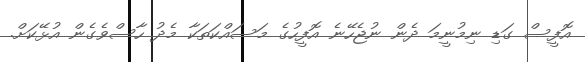
އޮފީސް ގަޑި ނިމުނީމަ ދެން ނުޖެހޭނެ އޮފީހުގެ މަސައްކަތަކާ މެދު ހާސްވެގެން އުޅޭކަށް.